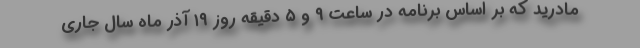
مادرید که بر اساس برنامه در ساعت ۹ و ۵ دقیقه روز ۱۹ آذر ماه سال جاری